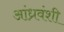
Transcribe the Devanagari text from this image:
आंध्रवंशी